Problem: 5 × 8 = ?
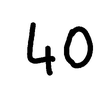
Handwritten answer: 40